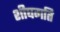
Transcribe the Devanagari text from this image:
शीघगति